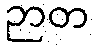
ဉာတ